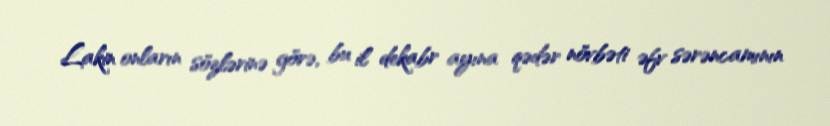
Lakin onların sözlərinə görə, bu il dekabr ayına qədər növbəti əfv sərəncamının